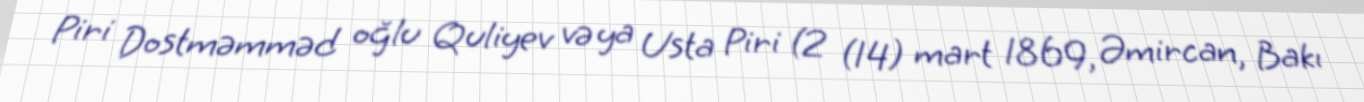
Piri Dostməmməd oğlu Quliyev və ya Usta Piri (2 (14) mart 1869, Əmircan, Bakı